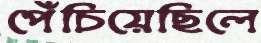
পেঁচিয়েছিলে